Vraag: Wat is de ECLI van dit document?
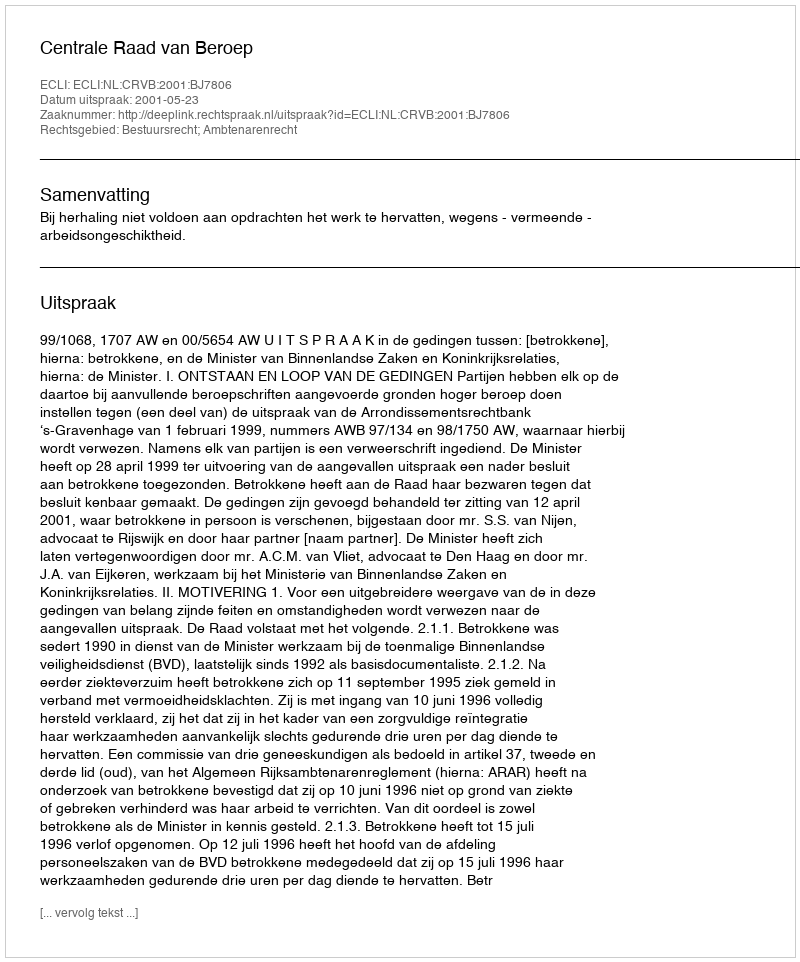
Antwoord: ECLI:NL:CRVB:2001:BJ7806